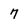
Character: 7